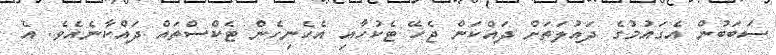
ސަބަބުން އެގައުމުގެ ދައުލަތަށް ދައްކަން ޖެހޭ ޓެކުހާއި އެހެނިހެން ޓެކްސްތައް ދައްކާނެއެވެ. އެ